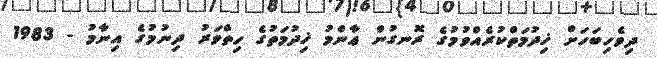
ދިވެހިބަހަށް ޚިދުމަތްކުރެއްވުމުގެ ރޮނގުން ޢާންމު ޚިދުމަތުގެ ހިތްވަރު ދިނުމުގެ އިނާމު - 1983